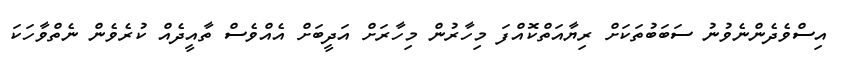
އިސްވެދެންނެވުނު ސަބަބުތަކަށް ރިޔާއަތްކޮއްފަ މިހާރުން މިހާރަށް އަދީބަށް އެއްވެސް ތާއީދެއް ކުރެވެން ނެތްވާހަކަ